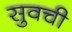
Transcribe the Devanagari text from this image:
सुवची